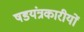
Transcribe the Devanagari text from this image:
षडयंत्रकारीयों